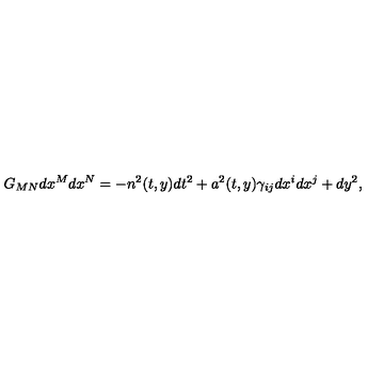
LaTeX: G _ { M N } d x ^ { M } d x ^ { N } = - n ^ { 2 } ( t , y ) d t ^ { 2 } + a ^ { 2 } ( t , y ) \gamma _ { i j } d x ^ { i } d x ^ { j } + d y ^ { 2 } ,